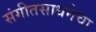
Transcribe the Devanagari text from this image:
संगीतसाधनेचा